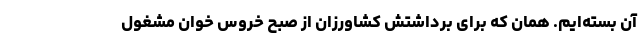
آن بسته‌ایم. همان که برای برداشتش کشاورزان از صبح خروس خوان مشغول